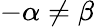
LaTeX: -\alpha\neq\beta